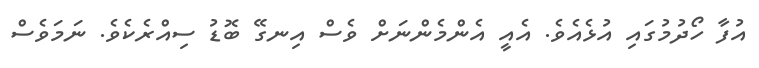
އުފާ ހޯދުމުގައި އުޅެއެވެ. އެއީ އެންމެންނަށް ވެސް އިނގޭ ބޮޑު ސިއްރެކެވެ. ނަމަވެސް